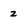
Character: z